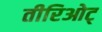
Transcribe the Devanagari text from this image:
तीरिओट्